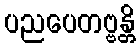
ပညပေတဗ္ဗန္တိ